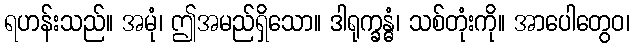
ရဟန်းသည်။ အမုံ၊ ဤအမည်ရှိသော။ ဒါရုက္ခန္ဓံ၊ သစ်တုံးကို။ အာပေါတွေဝ၊